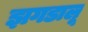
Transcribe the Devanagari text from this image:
झगडालू